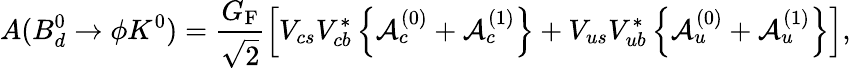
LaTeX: A(B_{d}^{0}\to\phi K^{0})=\frac{G_{\mathrm{F}}}{\sqrt{2}}\left[V_{cs}V_{cb}^{\ast}\left\{ {\cal A}_{c}^{(0)}+{\cal A}_{c}^{(1)}\right\} +V_{us}V_{ub}^{\ast}\left\{ {\cal A}_{u}^{(0)}+{\cal A}_{u}^{(1)}\right\} \right],